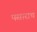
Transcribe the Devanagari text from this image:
पसाराच